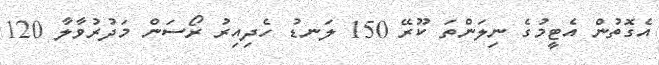
އެގޮތުން އެޓީމުގެ ނިލަންތަ ކޫރޭ 150 ލަނޑު ހެދިއިރު ރޯސަން މަދުރުވާލާ 120